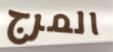
المرج